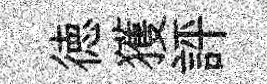
徳獲評